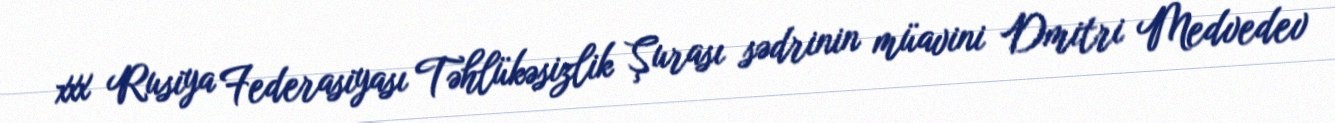
xxx Rusiya Federasiyası Təhlükəsizlik Şurası sədrinin müavini Dmitri Medvedev